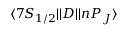
\ensuremath { \langle 7 S _ { 1 / 2 } | | } D \ensuremath { | | n P _ { J } \rangle }